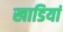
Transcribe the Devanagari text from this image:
खाडियां